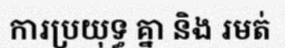
ការប្រយុទ្ធ គ្នា និង រមត់